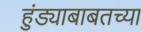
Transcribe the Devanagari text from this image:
हुंड्याबाबतच्या